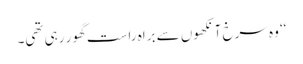
‘‘ وہ سرخ آنکھوں سے براہ راست گھور رہی تھی۔